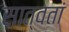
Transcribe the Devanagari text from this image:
सात्वतां